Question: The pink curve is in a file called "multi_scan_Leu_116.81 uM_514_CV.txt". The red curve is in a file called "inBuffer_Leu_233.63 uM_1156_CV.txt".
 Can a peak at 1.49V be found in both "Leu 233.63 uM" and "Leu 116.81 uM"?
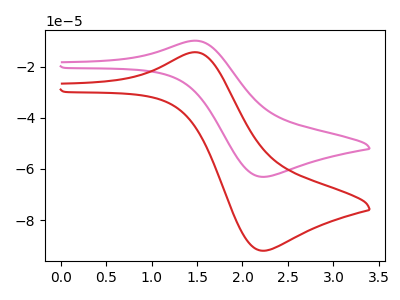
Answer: <think>The pink curve "Leu 116.81 uM" has an anodic peak at (1.50V, -9.85uA) and a cathodic peak at (2.20V, -63.10uA). The red curve "Leu 233.63 uM" has an anodic peak at (1.50V, -14.35uA) and a cathodic peak at (2.20V, -92.00uA).</think>
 <answer>Yes, "Leu 233.63 uM" and "Leu 116.81 uM" share a peak at 1.49V.</answer>
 <eval>match</eval>